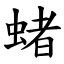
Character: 蝫